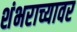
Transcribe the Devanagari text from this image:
शंभराच्यावर